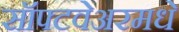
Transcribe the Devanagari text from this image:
सॉफ्टवेअरमधे